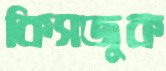
কিসজুক